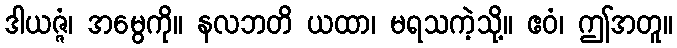
ဒါယဇ္ဇံ၊ အမွေကို။ နလဘတိ ယထာ၊ မရသကဲ့သို့။ ဧဝံ၊ ဤအတူ။